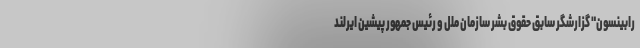
رابینسون" گزارشگر سابق حقوق بشر سازمان ملل و رئیس جمهور پیشین ایرلند